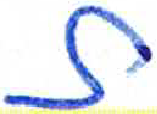
אות: ת